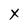
Character: X